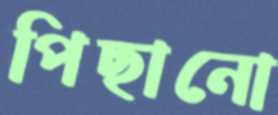
পিছানো